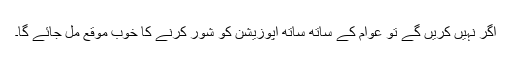
اگر نہیں کریں گے تو عوام کے ساتھ ساتھ اپوزیشن کو شور کرنے کا خوب موقع مل جائے گا۔